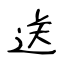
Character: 送